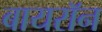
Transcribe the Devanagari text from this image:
बायराॅन